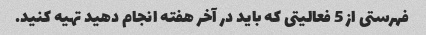
فهرستی از 5 فعالیتی که باید در آخر هفته انجام دهید تهیه کنید.